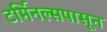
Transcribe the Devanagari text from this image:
टर्मिनल्सपासून